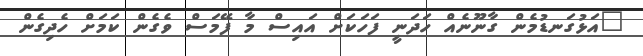
"އަޅުގަނޑުމެން ގާނޫނެއް ހަދަނީ ފަހަކަށް އައިސް މާ ފޭމަސް ވެގެން ކަމަށް ހެދިގެން